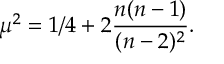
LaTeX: \mu ^ { 2 } = 1 / 4 + 2 { \frac { n ( n - 1 ) } { ( n - 2 ) ^ { 2 } } } .